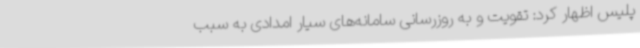
پلیس اظهار کرد: تقویت و به روزرسانی سامانه‌های سیار امدادی به سبب